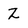
Character: Z